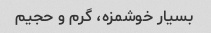
بسیار خوشمزه، گرم و حجیم